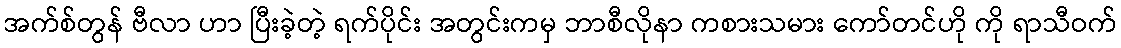
အက်စ်တွန် ဗီလာ ဟာ ပြီးခဲ့တဲ့ ရက်ပိုင်း အတွင်းကမှ ဘာစီလိုနာ ကစားသမား ကော်တင်ဟို ကို ရာသီဝက်